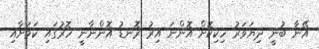
އޭނާ ބުނީ ދިޔަވަރު ހިކިކޮށް އޮންނަ އިރު ރޮނޑު އޮންނާނީ ހޮރުގައި ކަމަށާއި